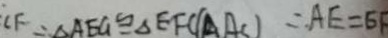
\angle F = \Delta A E G \cong \Delta E F C ( \Delta A C = A E = 6